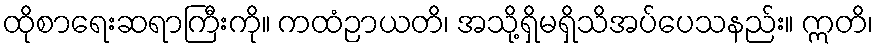
ထိုစာရေးဆရာကြီးကို။ ကထံဉာယတိ၊ အသို့ရှိမရှိသိအပ်ပေသနည်း။ ဣတိ၊